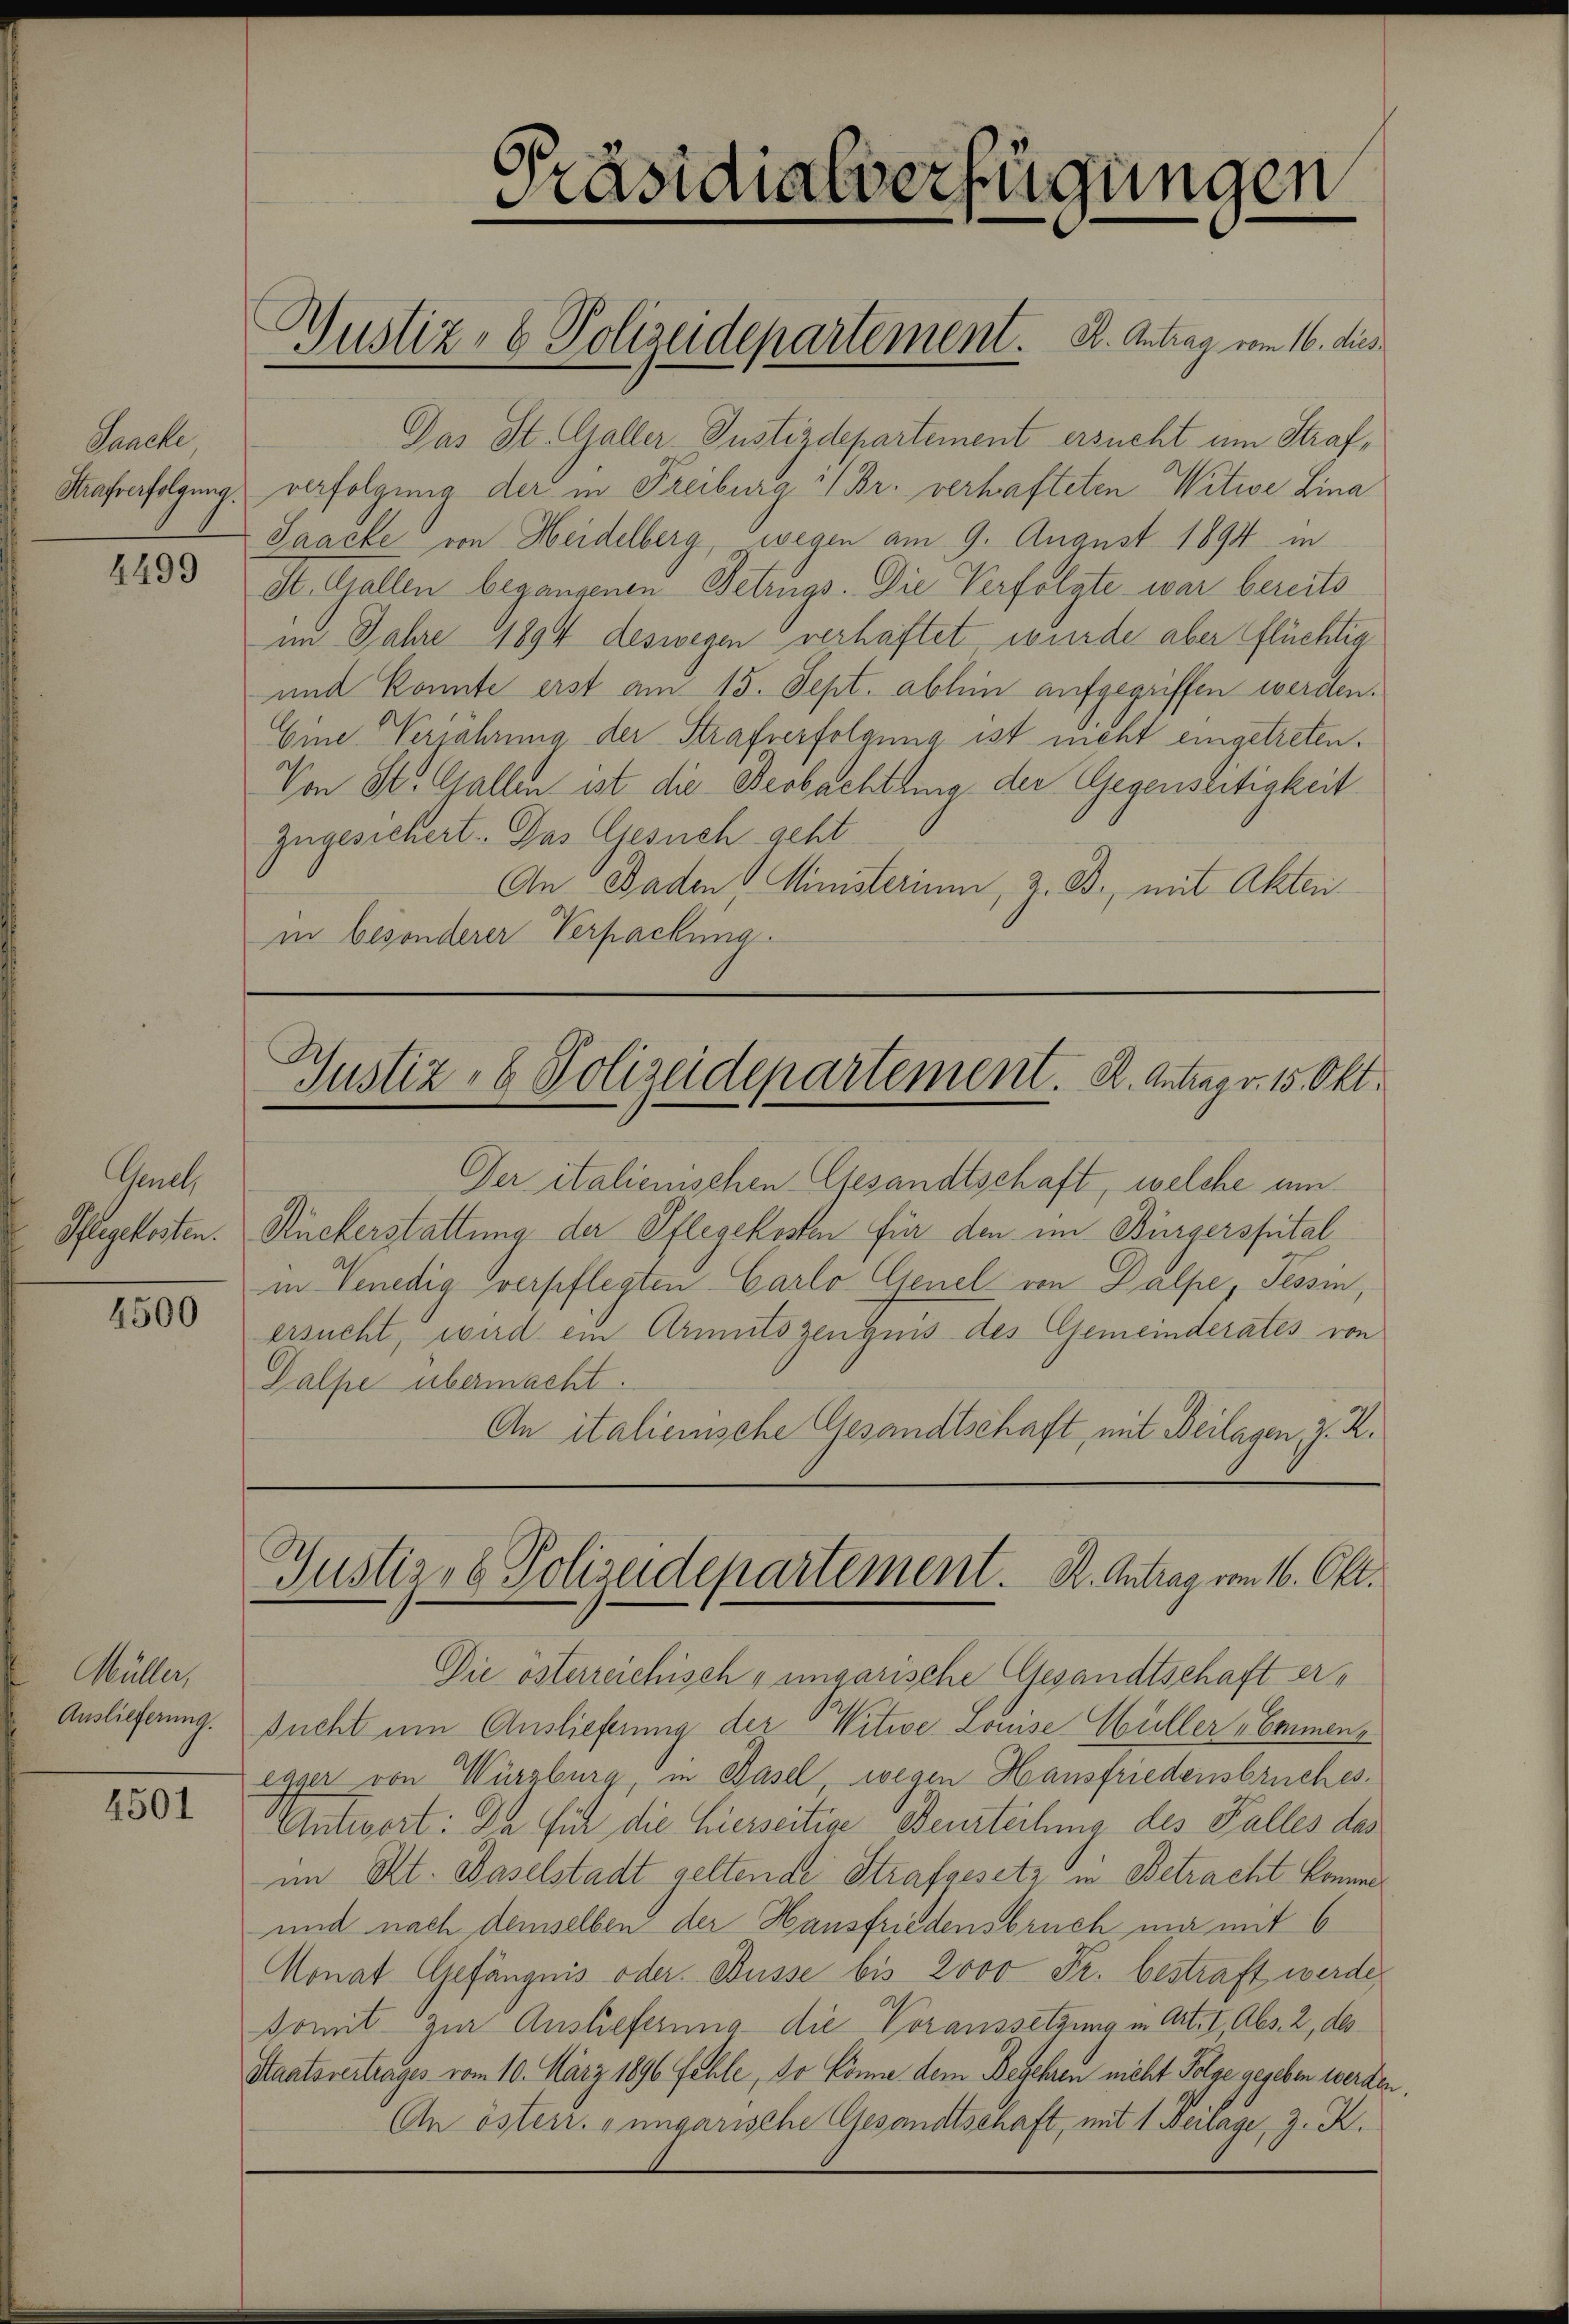
Guacke
Strafverfolgung.

4499

Gent,

1500

Müller,
Auslieferung.

4501

Das St. Galler-Justizdepartement ersucht am Straf,
verfolgung der in Freiburg 1 Br. verhafteten Witwe Lina
Saacke von Heidelberg, wegen am 9. August 1894 in
St. Gallen begangenen Betrugs. Die Verfolgte war bereits
im Jahre 1894 deswegen verhaftet wurde aber flüchtig
und konnte erst am 15. Sept. abhin aufgegriffen werden.
Eine Verjährung der Strafverfolgung ist nicht eingetreten.
Von St. Gallen ist die Beobachthung der Gegenseitigkeit
zugesichert. Das Gesuch geht.
An Baden Ministerium, z. B., mit Akten
in besonderer Verpackung.

Der italienischen Gesandtschaft, welche um
Pflegekosten. Rückerstattung der Pflegekosten für den im Bürgerspital
in Venedig verpflegten Carlo Genel von Dalpe, Tessin,
ersucht, wird ein Armutszeugnis des Gemeinderates von
Galpe übermacht.
An italieinsche Gesandtschaft, mit Beilagen, z. R.

Präsidialverfügungen

Gustiz- & Polizeidepartement. A. Antrag vom 16. Aus

Gustiz- & Polizeidepartement. A. Antrag v. 15. Okt.

Gustiz- & Polizeidepartement. K. Antrag vom 16. Okt.

Die österreichisch ungarische Gesandtschaft ersucht um Auslieferung der Witwe Louise Hüller Emmenz
egger von Würzburg, in Hasel, wegen Hausfriedensbruches,
Antwort: Da sich die hierseitige Beurteilung des Falles das
im Kt. Baselstadt geltende Strafgesetz in Betracht kommen
und nach demselben der Hausfriedensbruch ma mit 6
Monat Gefängnis oder Büsse bis 2000 Fr. bestraft werde,
somit zur Auslieferung die Voraussetzung in Art. I, Abs. 2, des¬
Staatsvertrages vom 10. März 1896 fehle, so könne dem Begehren nicht Folge gegeben werden.
An österr. ungarische Gesandtschaft, mit 1 Feilage, z. K.